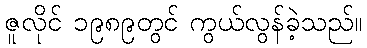
ဇူလိုင် ၁၉၈၉တွင် ကွယ်လွန်ခဲ့သည်။